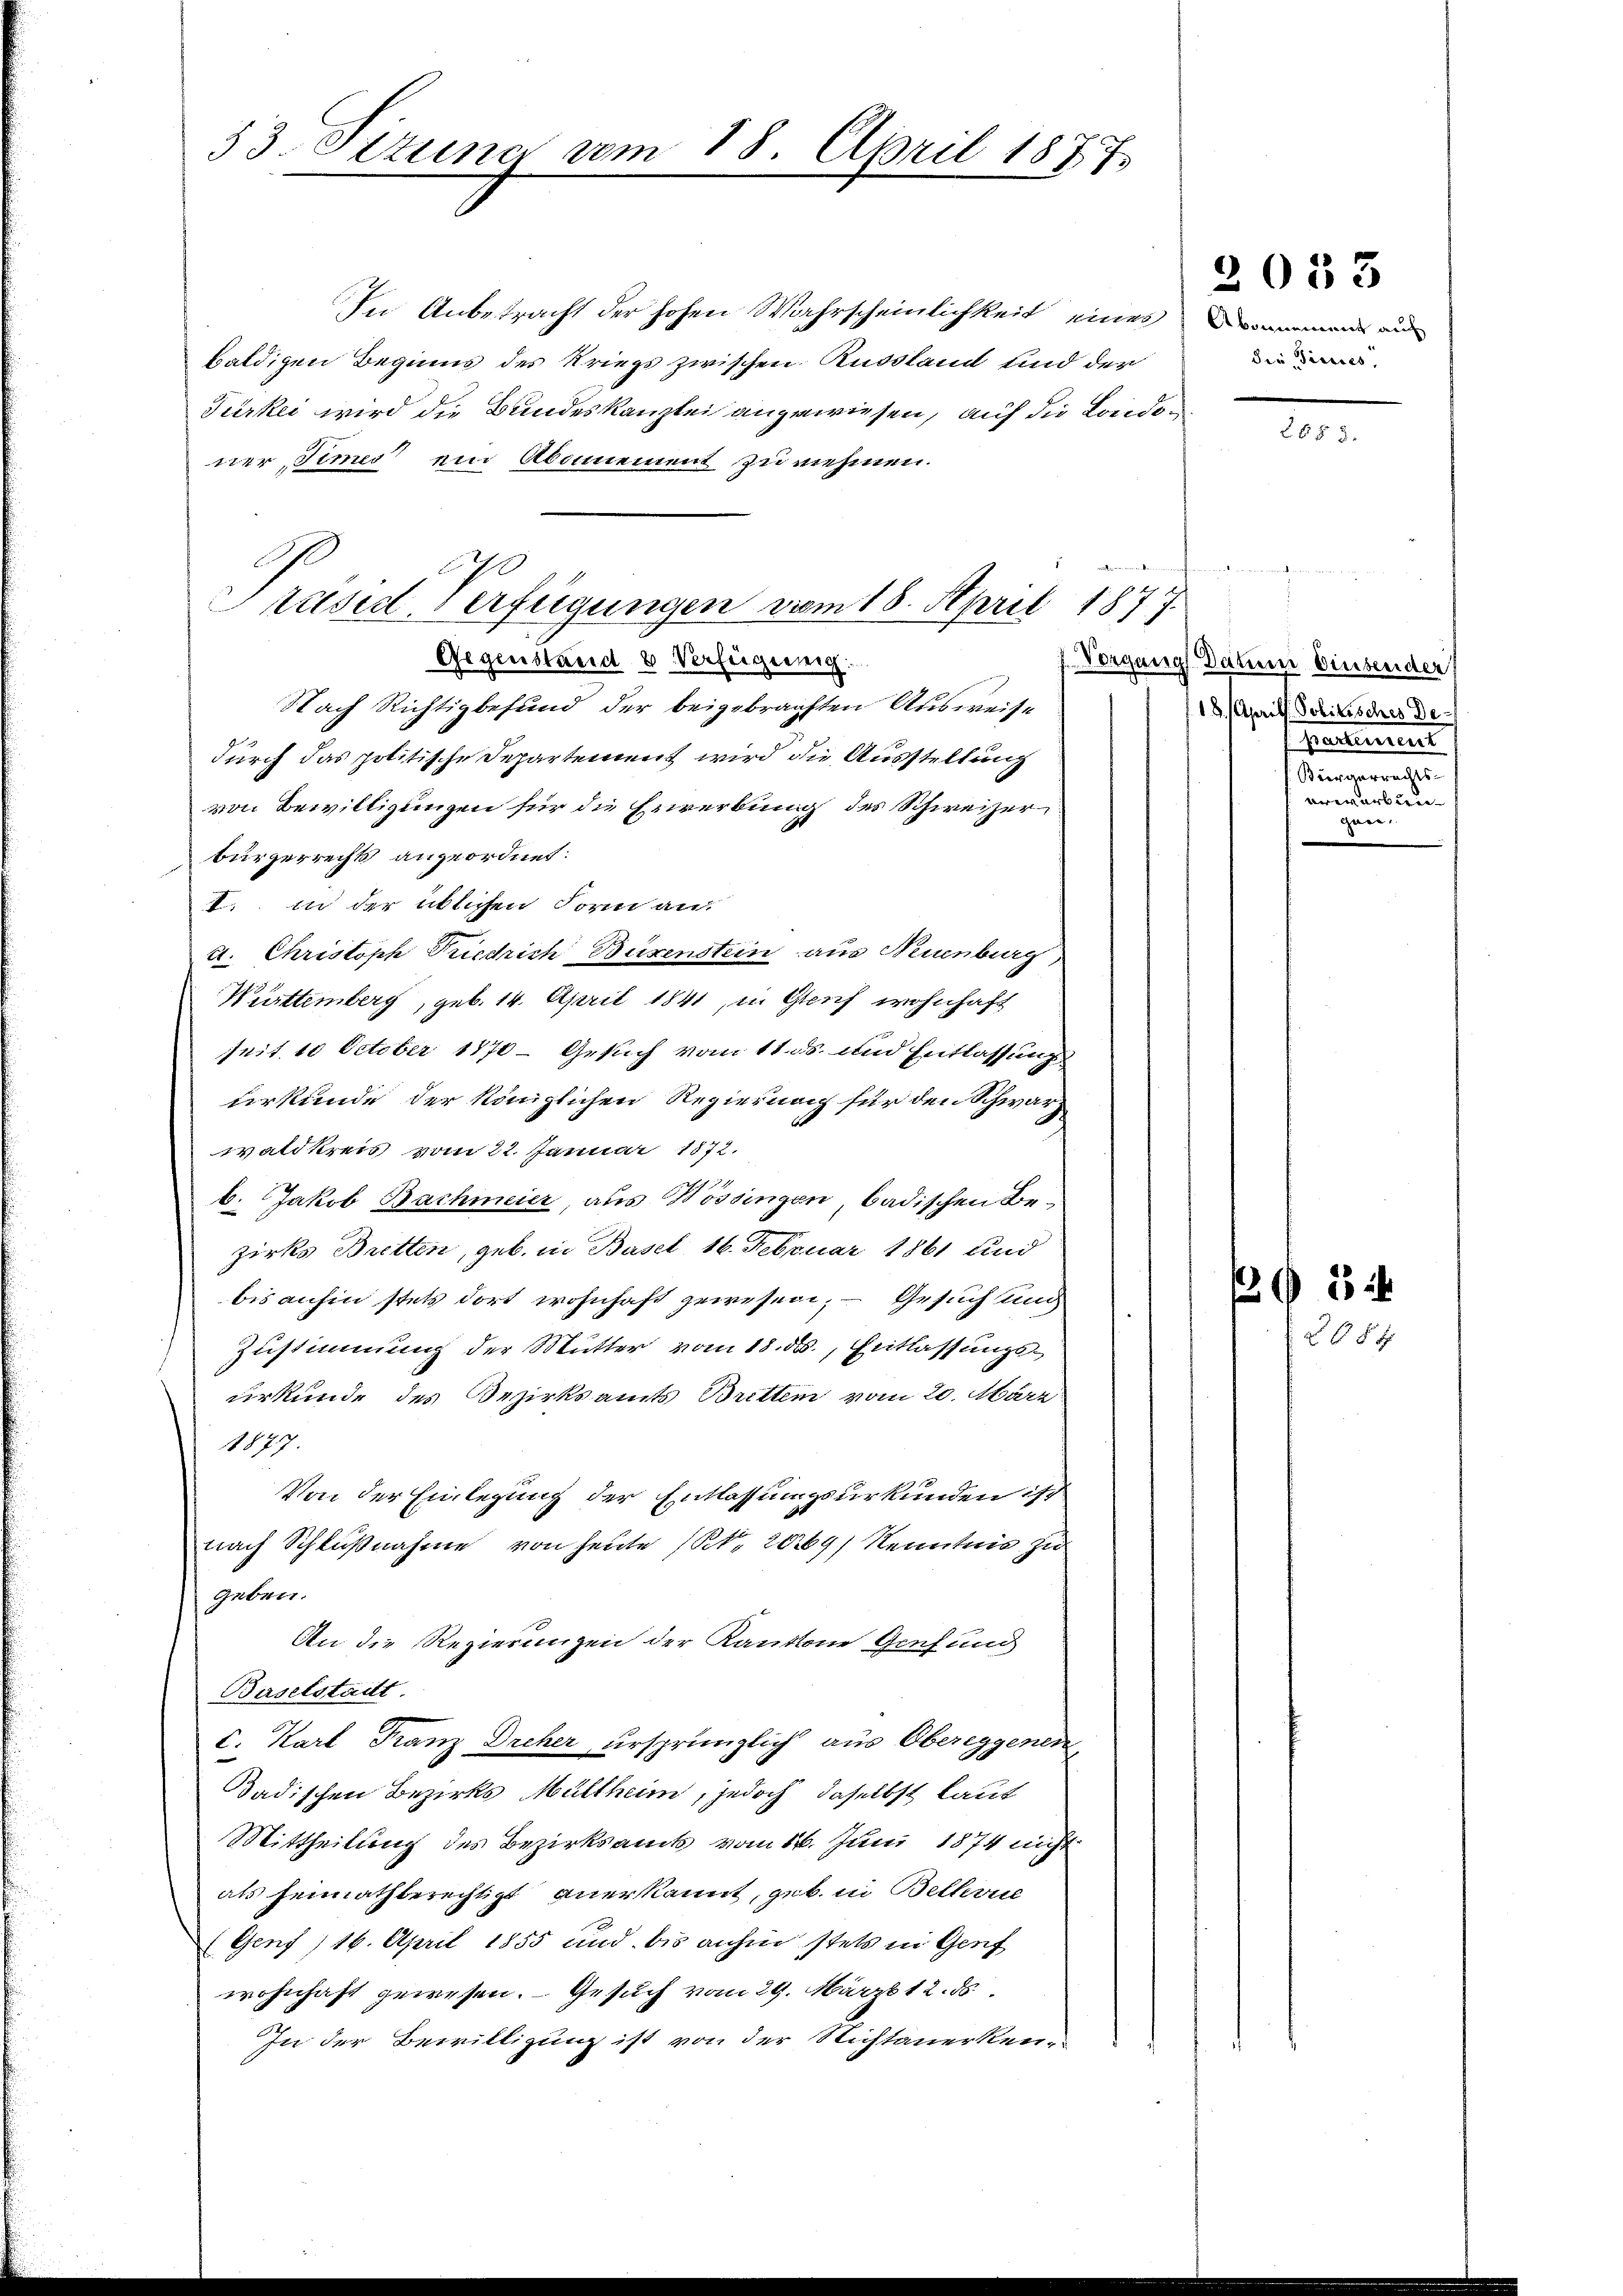
53. Situng vom 18. April 1877.

In Anbetracht der hohen Wahrscheinlichkeit eines Kammen ein
baldigen Beginns des Kriegs zwischen Russlandt und der
Türkei wird die Bundeskanzlei angewiesen, auf die Londoner, Simes“ ein Abonnement zu nehmen.
¬
Gegenstand 2 Verfeigennig
Nach Richtigbefund der beigebrachten Ausweise
durch das politische Separtement wird die Ausstellung
von Bewilligungen für die Zererbung des Schweizer
bürgerrecht angeordnet:
I. in der üblichen Form an
d. Christoph Riedrich Buxenstein aus Neuenburg,
Württemberg, geb. 14. April 1841, in Gleich wohnhaft
seit 10 October 1870 - Gesuch vom 11. ds. und Entlassung
urkunde der känzlichen Regierung für den Schwarz
waldkreis vom 22. Januar 1872.
b. Jakob Bachmeier, aus Wössingen badischen Bezirks Bretten, geb. in Basel 16. Februar 1861 und
bis anhin stets dort wohnhaft gewesen; — Gesuchung
Zustimmung der Mutter vom 18. ds., Entlassungsurkunde des Bezirksamts Britten vom 20. März
1877.
Von der Einlegung der Entlassungsurkunden ist
nach Schlußnahme von heute (Nr. 20169) Kenntnis zu
geben.
An die Regierungen der Kantone Genf und
Baselstadt
c. Karl Franz Dreher ursprünglich aus Obereggenen
dadischen Bezirks Müllheim, jedoch daselbst laut
Mittheilung des Bezirksamts vom 16. Juni 1874 nicht
als heimathberechtigt anerkannt, geb. in Belkrul
Genf, 16. April 1855 und bis anhin stets in Genf
wohnhaft gewesen. Gesuch vom 29. März 12. ds.
In der Bewilligung ist von der Nichtanerken-

Präsid. Verfügungen vom 18. April 1877.

die „Sieuses,

2053

2553.

Vorgang Datum diesender
18. Aprill Politisches De
Partement
Ausgerungen
nerlesenden
gann.

3
2884